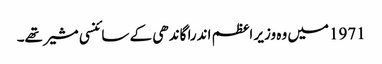
1971میں وہ وزیر اعظم اندرا گاندھی کے سائنسی مشیر تھے۔